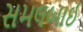
સમલબાઈ